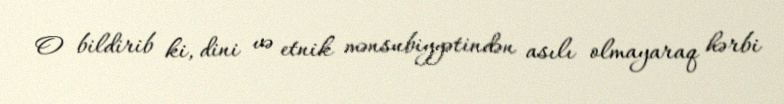
O bildirib ki, dini və etnik mənsubiyyətindən asılı olmayaraq hərbi